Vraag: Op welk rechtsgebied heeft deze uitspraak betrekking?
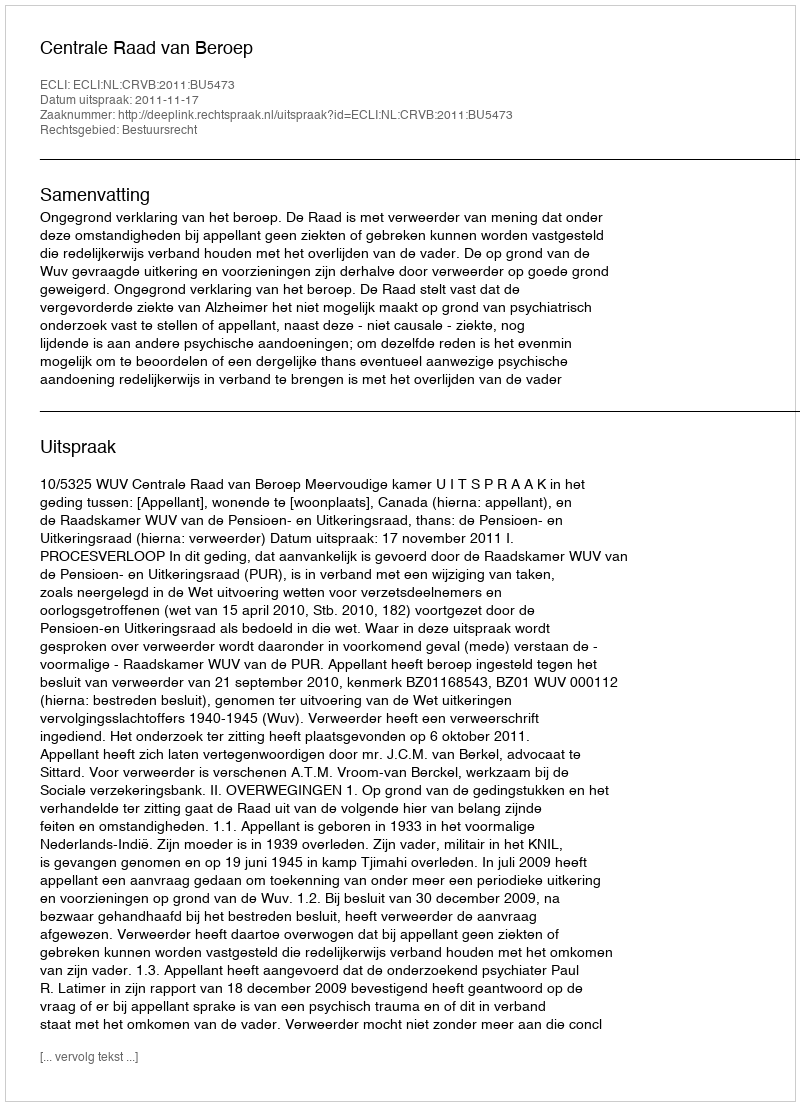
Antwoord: Bestuursrecht